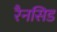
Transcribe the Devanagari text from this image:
रैनसिड